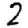
Digit: 2